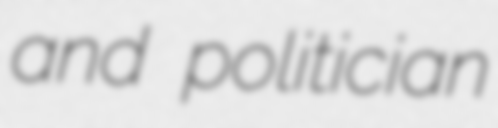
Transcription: and politician